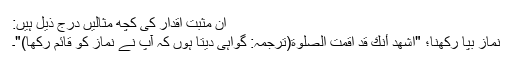
ان مثبت اقدار کی کچھ مثالیں درج ذیل ہیں:
نماز بپا رکھنا؛ "اَشهَدُ أَنَّكَ قَد اَقَمتَ الصَّلٰوةَ(ترجمہ: گواہی دیتا ہوں کہ آپ نے نماز کو قائم رکھا)"۔